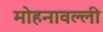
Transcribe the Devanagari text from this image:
मोहनावल्ली